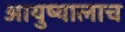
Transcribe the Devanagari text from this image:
आयुष्यालाच